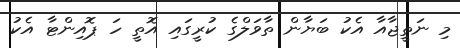
މި ނަތީޖާއާ އެކު ބަޔާން ތާވަލްގެ ކުރީގައި އޮތީ ހަ ޕޮއިންޓާ އެކު